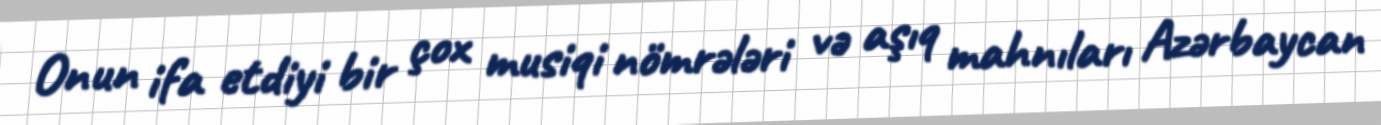
Onun ifa etdiyi bir çox musiqi nömrələri və aşıq mahnıları Azərbaycan